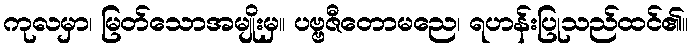
ကုလမှာ၊ မြတ်သောအမျိုးမှ။ ပဗ္ဗဇီတောမညေ၊ ရဟန်းပြုသည်ထင်၏။